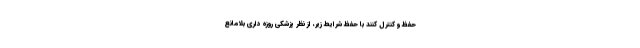
حفظ و کنترل کنند با حفظ شرایط زیر، از نظر پزشکی روزه داری بلامانع